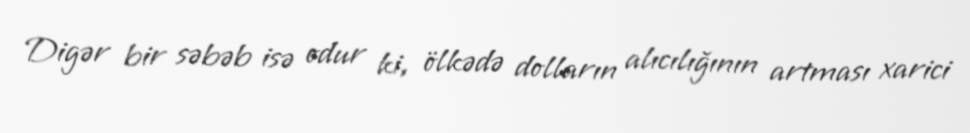
Digər bir səbəb isə odur ki, ölkədə dolların alıcılığının artması xarici